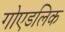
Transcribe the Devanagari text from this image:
गोएडलिक